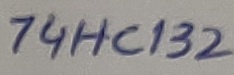
Text: 74HC132